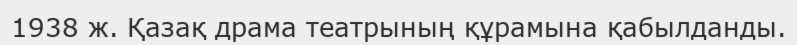
1938 ж. Қазақ драма театрының құрамына қабылданды.